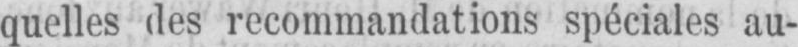
quelles des recommandations spéciales au-